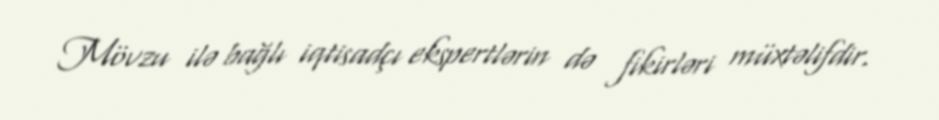
Mövzu ilə bağlı iqtisadçı ekspertlərin də fikirləri müxtəlifdir.